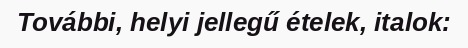
További, helyi jellegű ételek, italok: